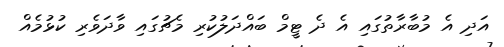
އަދި އެ މުބާރާތުގައި އެ ދެ ޓީމް ބައްދަލުކުރި މެޗުގައި ވާދަވެރި ކުޅުމެއް